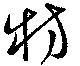
牥